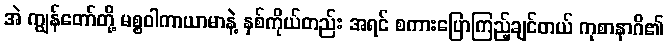
အဲ ကျွန်တော်တို့ မစ္စဝါကာယာမာနဲ့ နှစ်ကိုယ်တည်း အရင် စကားပြောကြည့်ချင်တယ် ကုစာနာဂိ၏